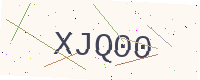
Text: XJQ00